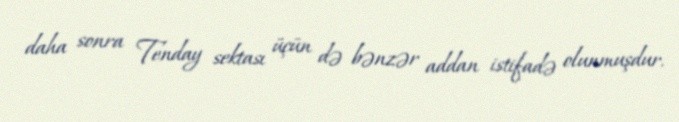
daha sonra Tenday sektası üçün də bənzər addan istifadə olunmuşdur.